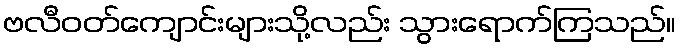
ဗလီဝတ်ကျောင်းများသို့လည်း သွားရောက်ကြသည်။